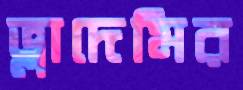
ভ্লাদেমির